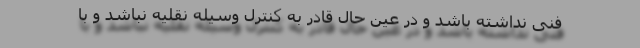
فنی نداشته باشد و در عین حال قادر به کنترل وسیله نقلیه نباشد و با